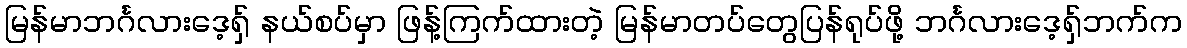
မြန်မာဘင်္ဂလားဒေ့ရှ် နယ်စပ်မှာ ဖြန့်ကြက်ထားတဲ့ မြန်မာတပ်တွေပြန်ရုပ်ဖို့ ဘင်္ဂလားဒေ့ရှ်ဘက်က